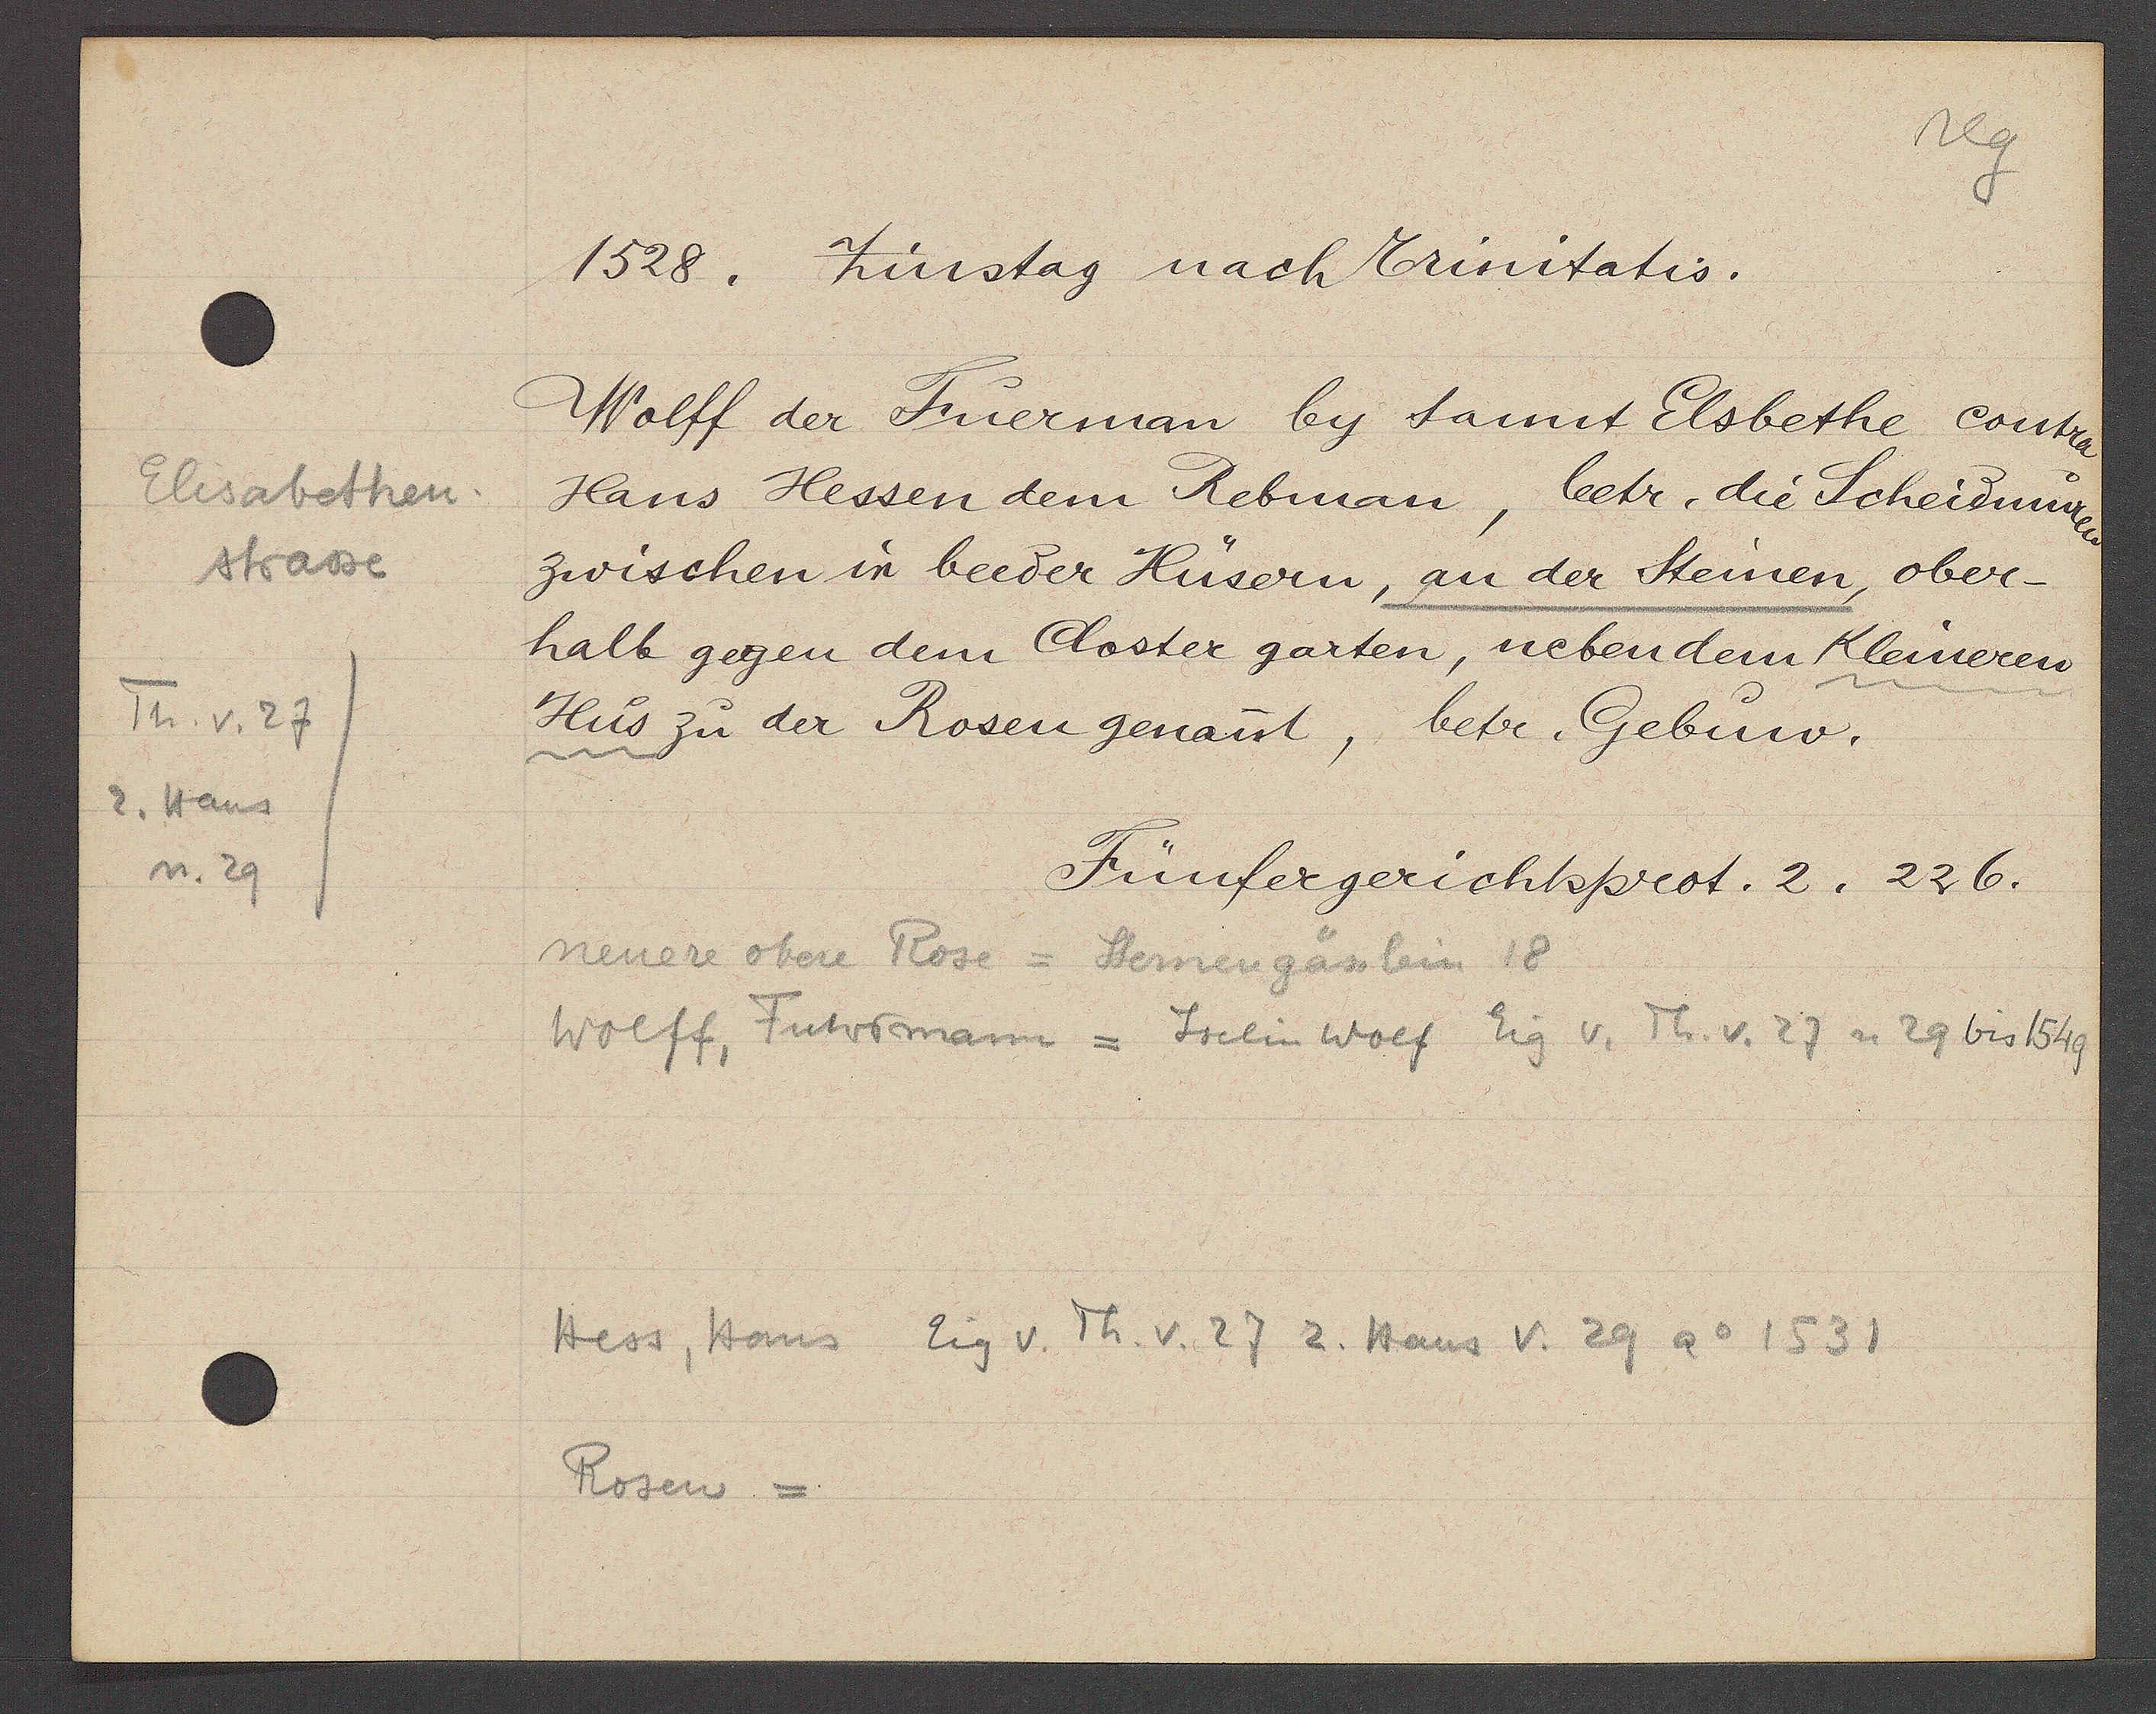
Transcript:
Elisabethen
strasse
Th. v. 27
2. Hans
n. 29

1528. Zinstag nach Crinitatis.

Wolff der Fuerman by sant Elsbethe contra
Hans Hessen dem Rebman, betr. die Scheidungen
zwischen ir beeder Hüsern, an der Steinen, ober¬
halb gegen dem Closter garten, neben dem Kleineren
Hus zu der Rosen genant, betr. Gebuw.

Fünfergerichtsprot. 2. 226.

neuere obere Rose = Sternengässlein 18
Wolff, Futormann = Jselin Wolf Eig v. Th. v. 27 = 29 bis 1549
Hess, Hans Eig v. Th. v. 27 2. Hans v. 29 Ao 1531
Rosen =